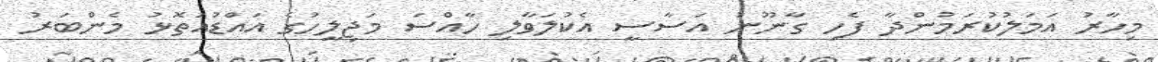
މިހާރު އަމަލުކުރަމުންދާ ފެހި ގާނޫނު އަސާސީ އެކުލަވާލި ހާއްސަ މަޖިލީހުގެ އައްޑުއަތޮޅު މެންބަރު